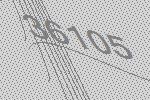
36105